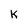
Character: K